Civil Veterinary Dept. Assam report 1927-50 - 1927-1950
Year: 1927
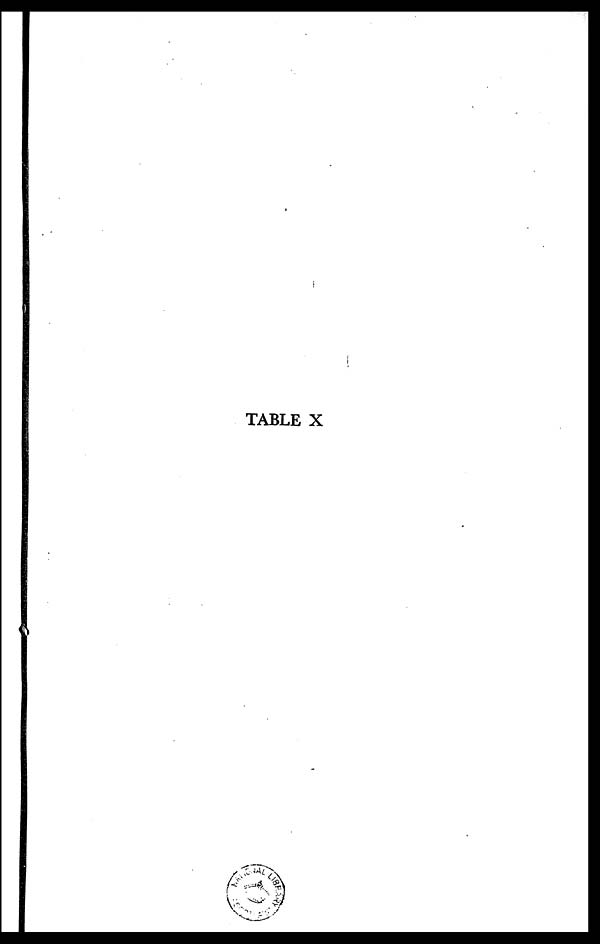
TABLE X